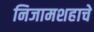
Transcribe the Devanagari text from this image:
निजामशहाचे